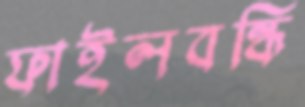
ফাইলবন্ধি